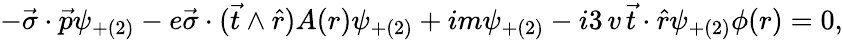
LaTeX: -\vec{\sigma}\cdot\vec{p}\psi_{+(2)}-e\vec{\sigma}\cdot(\vec{t}\wedge\hat{r})A(r)\psi_{+(2)}+im\psi_{+(2)}-i3\, v\, \vec{t}\cdot\hat{r}\psi_{+(2)}\phi(r)=0,